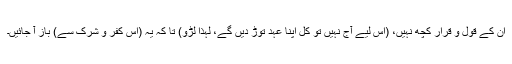
اِن کے قول و قرار کچھ نہیں، (اِس لیے آج نہیں تو کل اپنا عہد توڑ دیں گے، لہٰذا لڑو) تا کہ یہ (اِس کفر و شرک سے) باز آ جائیں۔